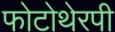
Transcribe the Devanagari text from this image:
फोटोथेरपी